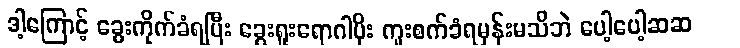
ဒါ့ကြောင့် ခွေးကိုက်ခံရပြီး ခွေးရူးရောဂါပိုး ကူးစက်ခံရမှန်းမသိဘဲ ပေါ့ပေါ့ဆဆ